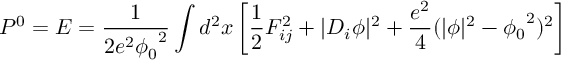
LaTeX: P ^ { 0 } = E = \frac { 1 } { 2 e ^ { 2 } { \phi _ { 0 } } ^ { 2 } } \int d ^ { 2 } x \left[ \frac { 1 } { 2 } F _ { i j } ^ { 2 } + \vert D _ { i } \phi \vert ^ { 2 } + \frac { e ^ { 2 } } { 4 } ( \vert \phi \vert ^ { 2 } - { \phi _ { 0 } } ^ { 2 } ) ^ { 2 } \right]